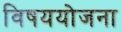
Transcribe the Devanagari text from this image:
विषययोजना